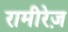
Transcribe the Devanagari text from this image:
रामीरेज़